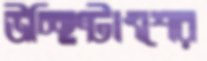
উচ্ছিষ্টাংশের